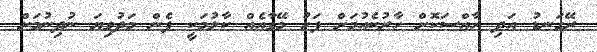
ރޭގަނޑު އަދި ހާއްސަކޮށް ހާރުކެއުމަށް ފަހު މޭވާއެއް ކާލުމަކީ ފެން މަދުވިޔަ ނުދިނުމަށް